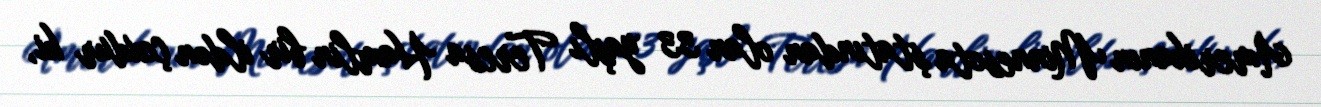
Amerikanın Minnesota ştatından olan 33 yaşlı Teresa Hamlin bir ildən çoxdur ki,